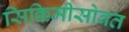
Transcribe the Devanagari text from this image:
सिक्किमीसोबत